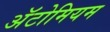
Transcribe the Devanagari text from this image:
अॅटोमियम